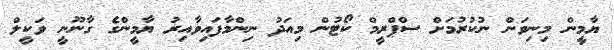
ޔާމީން މިނިވަން ނުކުރުމަށް ސްޕްރީމް ކޯޓުން މިއަދު ނިންމާފައިވާއިރު ޔާމީންގެ ގާނޫނީ ވަކީލް